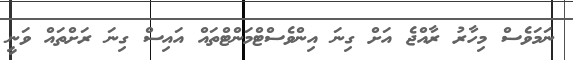
ނަމަވެސް މިހާރު ރާއްޖެ އަށް ގިނަ އިންވެސްޓްމަންޓްތައް އައިސް ގިނަ ރަށްތައް ވަނީ